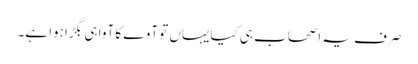
صرف یہ اصحاب ہی کیایہاں تو آوے کا آوا ہی بگڑا ہوا ہے۔